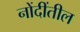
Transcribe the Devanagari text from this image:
नोंदींतील